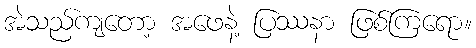
အဲသည်ကျတော့ အဖေနဲ့ ပြဿနာ ဖြစ်ကြရော။